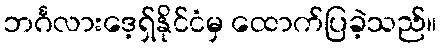
ဘင်္ဂလားဒေ့ရှ်နိုင်ငံမှ ထောက်ပြခဲ့သည်။